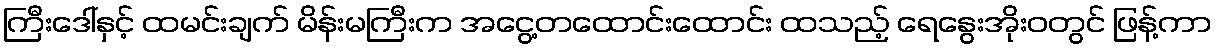
ကြီးဒေါ်နှင့် ထမင်းချက် မိန်းမကြီးက အငွေ့တထောင်းထောင်း ထသည့် ရေနွေးအိုးဝတွင် ဖြန့်ကာ